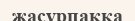
жасұрпаққа